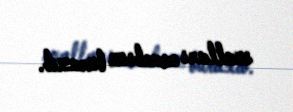
sualları cavabsız buraxıb.